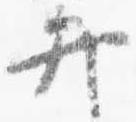
弁